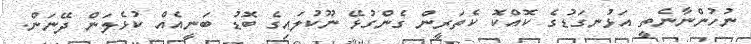
ނުހުންނާނެތީ އަޅުނގަޑުގެ ކޮއްކޮ ކެތަރީން ގެންގުޅޭ ނޫކުލައިގެ ބޮޑު ބަނީއެއް ކުޅެލަން ދޭނަން.